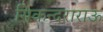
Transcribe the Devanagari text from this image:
सिकन्दराराऊ